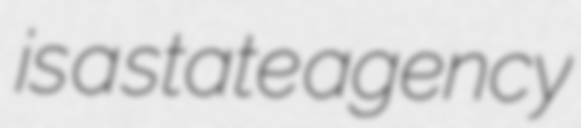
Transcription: is a state agency